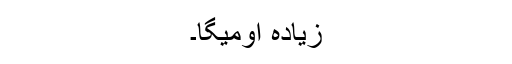
زیادہ اومیگا۔